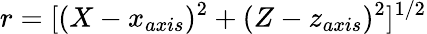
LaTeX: r=[(X-x_{axis})^{2}+(Z-z_{axis})^{2}]^{1/2}